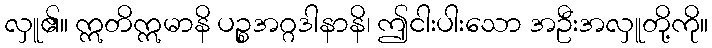
လှူ၏။ ဣတိဣမာနိ ပဉ္စအဂ္ဂဒါနာနိ၊ ဤငါးပါးသော အဦးအလှူတို့ကို။